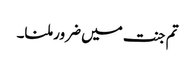
تم جنت میں ضرور ملنا۔